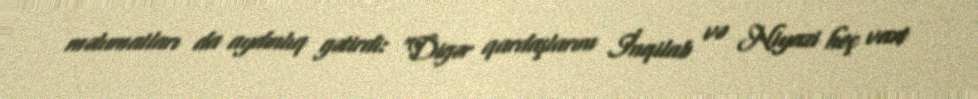
məlumatları da aydınlıq gətirdi: “Digər qardaşlarım İnqilab və Niyazi heç vaxt